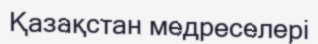
Қазақстан медреселері